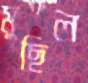
মুছিল